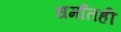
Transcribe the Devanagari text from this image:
धर्मातही